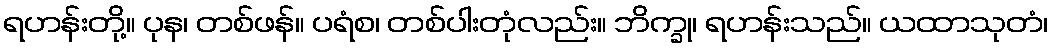
ရဟန်းတို့။ ပုန၊ တစ်ဖန်။ ပရံစ၊ တစ်ပါးတုံလည်း။ ဘိက္ခု၊ ရဟန်းသည်။ ယထာသုတံ၊